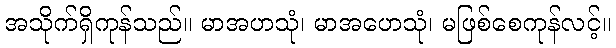
အသိုက်ရှိကုန်သည်။ မာအဟသုံ၊ မာအဟေသုံ၊ မဖြစ်စေကုန်လင့်။